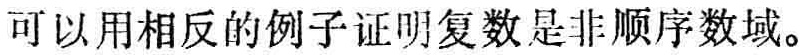
可以用相反的例子证明复数是非顺序数域。